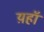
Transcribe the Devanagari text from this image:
य़हॉ